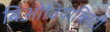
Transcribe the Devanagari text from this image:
बिओवियाब्लिटी